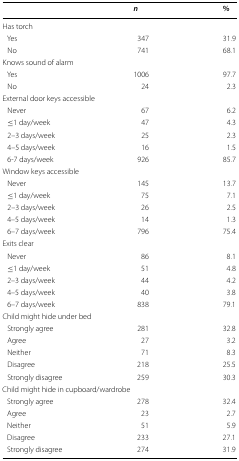
<table><thead><tr><td></td><td><b><i>n</i></b></td><td><b>%</b></td></tr></thead><tbody><tr><td colspan="3">Has torch</td></tr><tr><td> Yes</td><td>347</td><td>31.9</td></tr><tr><td> No</td><td>741</td><td>68.1</td></tr><tr><td colspan="3">Knows sound of alarm</td></tr><tr><td> Yes</td><td>1006</td><td>97.7</td></tr><tr><td> No</td><td>24</td><td>2.3</td></tr><tr><td colspan="3">External door keys accessible</td></tr><tr><td> Never</td><td>67</td><td>6.2</td></tr><tr><td> ≤1 day/week</td><td>47</td><td>4.3</td></tr><tr><td> 2–3 days/week</td><td>25</td><td>2.3</td></tr><tr><td> 4–5 days/week</td><td>16</td><td>1.5</td></tr><tr><td> 6-7 days/week</td><td>926</td><td>85.7</td></tr><tr><td colspan="3">Window keys accessible</td></tr><tr><td> Never</td><td>145</td><td>13.7</td></tr><tr><td> ≤1 day/week</td><td>75</td><td>7.1</td></tr><tr><td> 2–3 days/week</td><td>26</td><td>2.5</td></tr><tr><td> 4–5 days/week</td><td>14</td><td>1.3</td></tr><tr><td> 6–7 days/week</td><td>796</td><td>75.4</td></tr><tr><td colspan="3">Exits clear</td></tr><tr><td> Never</td><td>86</td><td>8.1</td></tr><tr><td> ≤1 day/week</td><td>51</td><td>4.8</td></tr><tr><td> 2–3 days/week</td><td>44</td><td>4.2</td></tr><tr><td> 4–5 days/week</td><td>40</td><td>3.8</td></tr><tr><td> 6–7 days/week</td><td>838</td><td>79.1</td></tr><tr><td colspan="3">Child might hide under bed</td></tr><tr><td> Strongly agree</td><td>281</td><td>32.8</td></tr><tr><td> Agree</td><td>27</td><td>3.2</td></tr><tr><td> Neither</td><td>71</td><td>8.3</td></tr><tr><td> Disagree</td><td>218</td><td>25.5</td></tr><tr><td> Strongly disagree</td><td>259</td><td>30.3</td></tr><tr><td colspan="3">Child might hide in cupboard/wardrobe</td></tr><tr><td> Strongly agree</td><td>278</td><td>32.4</td></tr><tr><td> Agree</td><td>23</td><td>2.7</td></tr><tr><td> Neither</td><td>51</td><td>5.9</td></tr><tr><td> Disagree</td><td>233</td><td>27.1</td></tr><tr><td> Strongly disagree</td><td>274</td><td>31.9</td></tr></tbody></table>